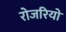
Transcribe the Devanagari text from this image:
रोजरियो